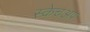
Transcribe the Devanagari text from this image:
स्केचअप